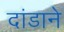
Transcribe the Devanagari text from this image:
दांडाने